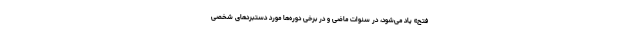
فتح» یاد می‌شود، در سنوات ماضی و در برخی دوره‌ها مورد دستبردهای شخصی